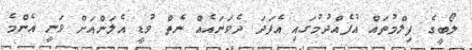
ލޯބީގެ ފިލްމުތައް އުފެއްދުމުގައި އެފަދަ ދެވަނައެއް ނެތް ވުޑީ އެލަންއަށް ވަނީ އެންމެ